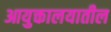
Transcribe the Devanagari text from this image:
आयुक्तालयातील